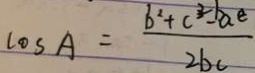
l o s A = \frac { b ^ { 2 } + c ^ { 3 2 } - b a e } { 2 b c }